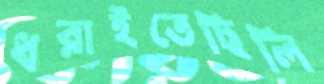
ধরাইতেছিলি